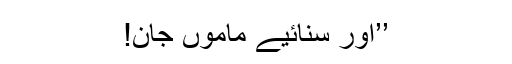
’’اور سنائیے ماموں جان!